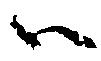
ハ